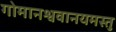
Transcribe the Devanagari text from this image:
गोमानश्ववानयमस्तु